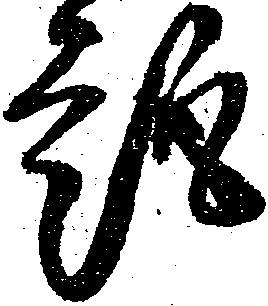
趣